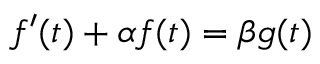
f ^ { \prime } ( t ) + \alpha f ( t ) = \beta g ( t )